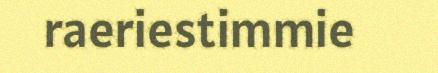
raeriestimmie